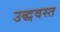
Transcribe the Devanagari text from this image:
उद्धवस्‍त